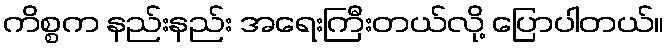
ကိစ္စက နည်းနည်း အရေးကြီးတယ်လို့ ပြောပါတယ်။